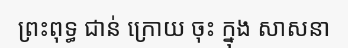
ព្រះពុទ្ធ ជាន់ ក្រោយ ចុះ ក្នុង សាសនា